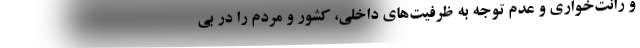
و رانت‌خواری و عدم توجه به ظرفیت‌های داخلی، کشور و مردم را در بی‌